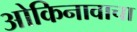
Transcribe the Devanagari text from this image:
ओकिनावाचा